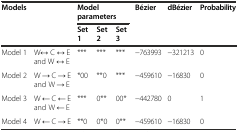
<table><thead><tr><td rowspan="2" colspan="2"><b>Models</b></td><td colspan="3"><b>Model parameters</b></td><td rowspan="2"><b>Bézier</b></td><td rowspan="2"><b>dBézier</b></td><td rowspan="2"><b>Probability</b></td></tr><tr><td><b>Set 1</b></td><td><b>Set 2</b></td><td><b>Set 3</b></td></tr></thead><tbody><tr><td>Model 1</td><td>W↔ C ↔ E and W ↔ E</td><td>***</td><td>***</td><td>***</td><td>−763993</td><td>−321213</td><td>0</td></tr><tr><td>Model 2</td><td>W → C → E and W → E</td><td>*00</td><td>**0</td><td>***</td><td>−459610</td><td>−16830</td><td>0</td></tr><tr><td>Model 3</td><td>W ← C ← E and W ← E</td><td>***</td><td>0**</td><td>00*</td><td>−442780</td><td>0</td><td>1</td></tr><tr><td>Model 4</td><td>W ← C → E</td><td>**0</td><td>0*0</td><td>0**</td><td>−459610</td><td>−16830</td><td>0</td></tr></tbody></table>